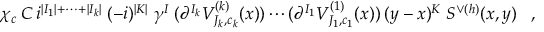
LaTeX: \chi _ { c } \: C \: i ^ { | I _ { 1 } | + \cdots + | I _ { k } | } \: ( - i ) ^ { | K | } \; \gamma ^ { I } \; ( \partial ^ { I _ { k } } V _ { J _ { k } , c _ { k } } ^ { ( k ) } ( x ) ) \cdots ( \partial ^ { I _ { 1 } } V _ { J _ { 1 } , c _ { 1 } } ^ { ( 1 ) } ( x ) ) \: ( y - x ) ^ { K } \; S ^ { \vee ( h ) } ( x , y ) \; \; \; ,